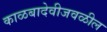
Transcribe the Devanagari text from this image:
काळबादेवीजवळील